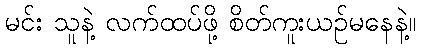
မင်း သူနဲ့ လက်ထပ်ဖို့ စိတ်ကူးယဉ်မနေနဲ့။